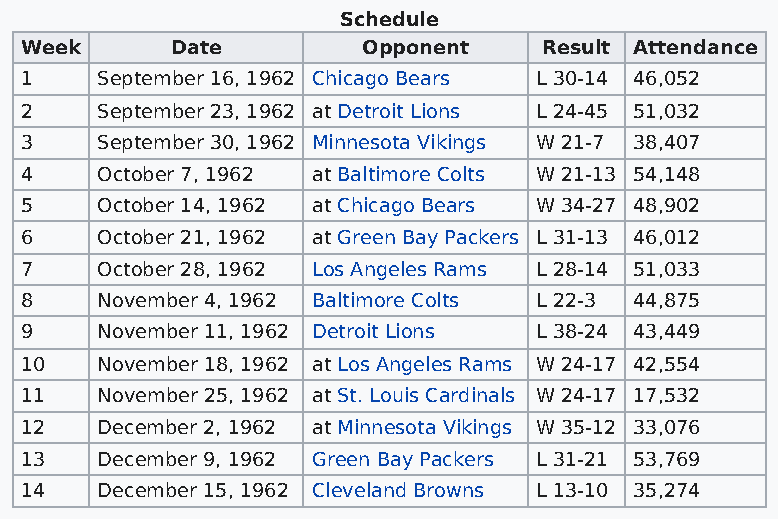
Schedule
 Week      Date         Opponent    Result Attendance
 1    September 16, 1962 Chicago Bears L 30-14 46,052
 2    September 23, 1962 at Detroit Lions L 24-45 51,032
 3    September 30, 1962 Minnesota Vikings W 21-7 38,407
 4    October 7, 1962 at Baltimore Colts W 21-13 54,148
 5    October 14, 1962 at Chicago Bears W 34-27 48,902
 6    October 21, 1962 at Green Bay Packers L 31-13 46,012
 7    October 28, 1962 Los Angeles Rams L 28-14 51,033
 8    November 4, 1962 Baltimore Colts L 22-3 44,875
 9    November 11, 1962 Detroit Lions L 38-24 43,449
 10   November 18, 1962 at Los Angeles Rams W 24-17 42,554
 11   November 25, 1962 at St. Louis Cardinals W 24-17 17,532
 12   December 2, 1962 at Minnesota Vikings W 35-12 33,076
 13   December 9, 1962 Green Bay Packers L 31-21 53,769
 14   December 15, 1962 Cleveland Browns L 13-10 35,274